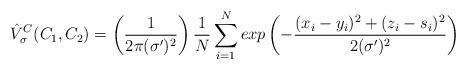
LaTeX: \begin{align*}\hat{V}^{C}_{\sigma}(C_{1},C_{2}) = \left ( \frac{1}{2\pi(\sigma')^2} \right ) \frac{1}{N}\sum\limits_{i=1}^N exp \left( - \frac{(x_{i}-y_{i})^2 + (z_{i}-s_{i})^2}{2(\sigma')^2} \right ) \end{align*}